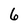
Character: 6